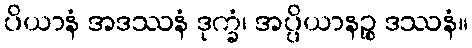
ပိယာနံ အဒဿနံ ဒုက္ခံ၊ အပ္ပိယာနဉ္စ ဒဿနံ။